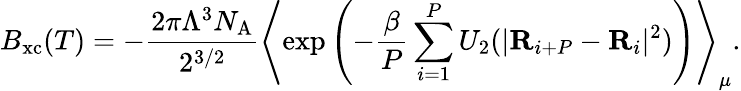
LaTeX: B_{\mathrm{xc}}(T)=-\frac{2\pi\Lambda^{3}N_{\mathrm{A}}}{2^{3/2}}\left\langle\exp\left(-\frac{\beta}{P}\sum_{i=1}^{P}U_{2}(|\mathbf{R}_{i+P}-\mathbf{R}_{i}|^{2})\right)\right\rangle_{\mu}.